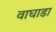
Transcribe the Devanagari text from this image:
वाघाडा